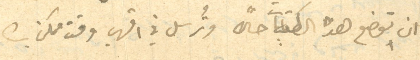
ان توضع هذه الكتابات حالًا وتُرسل في اقرب وقت ممكن